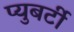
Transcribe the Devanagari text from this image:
प्युबर्टी